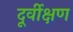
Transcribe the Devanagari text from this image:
दूर्वीक्षण